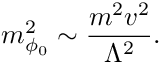
m _ { \phi _ { 0 } } ^ { 2 } \sim { \frac { m ^ { 2 } v ^ { 2 } } { \Lambda ^ { 2 } } } .